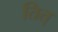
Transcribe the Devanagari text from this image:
तित्